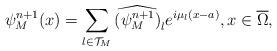
LaTeX: \begin{align*} \psi_M^{n+1}(x) = \sum_{l \in \mathcal{T}_M} \widehat{(\psi_M^{n+1})}_l e^{i \mu_l (x-a)}, x\in \overline{\Omega},\end{align*}